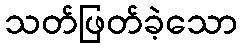
သတ်ဖြတ်ခဲ့သော